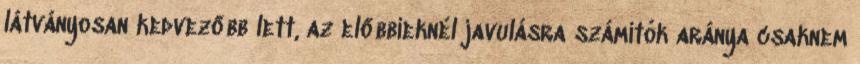
látványosan kedvezőbb lett, az előbbieknél javulásra számítók aránya csaknem